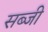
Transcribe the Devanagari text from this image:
सब्‍जी